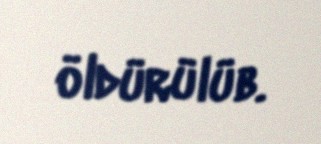
öldürülüb.